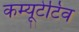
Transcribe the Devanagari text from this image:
कम्यूटेटिव